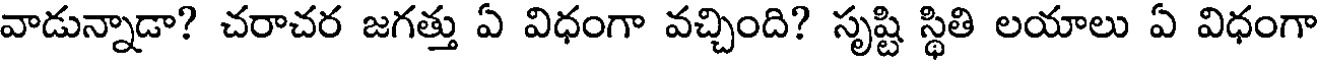
వాడున్నాడా? చరాచర జగత్తు ఏ విధంగా వచ్చింది? సృష్టి స్థితి లయాలు ఏ విధంగా